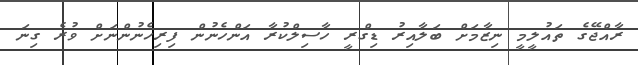
ރާއްޖޭގެ ތައުލީމީ ނިޒާމަށް ބަލާއިރު ޑިގްރީ ހާސިލްކުރާ އަންހެނުން ފިރިހެނުންނަށް ވުރެ ގިނަ